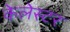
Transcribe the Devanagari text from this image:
केलेस्टर